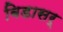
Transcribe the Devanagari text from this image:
बिडासर्